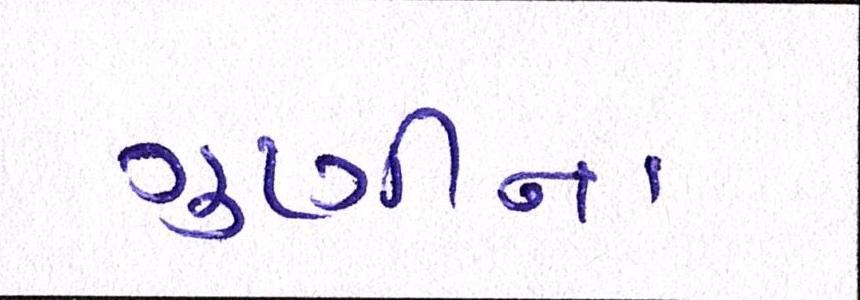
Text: ગુણીના